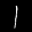
Label: 1